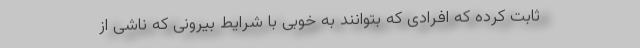
ثابت کرده که افرادی که بتوانند به خوبی با شرایط بیرونی که ناشی از